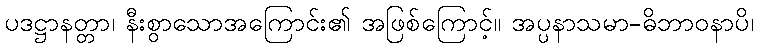
ပဒဋ္ဌာနတ္တာ၊ နီးစွာသောအကြောင်း၏ အဖြစ်ကြောင့်။ အပ္ပနာသမာ-ဓိဘာဝနာပိ၊